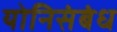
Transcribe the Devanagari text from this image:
योनिसंबंध